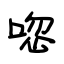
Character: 唿